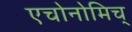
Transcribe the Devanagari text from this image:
एचोनोमिच्